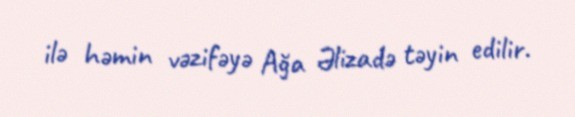
ilə həmin vəzifəyə Ağa Əlizadə təyin edilir.